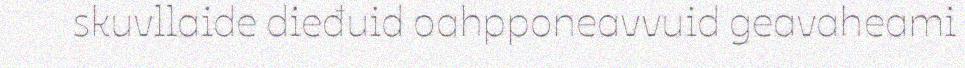
skuvllaide dieđuid oahpponeavvuid geavaheami